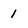
Character: 1